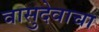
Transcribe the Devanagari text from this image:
वासुदेवाचा